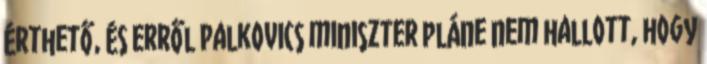
érthető, és erről Palkovics miniszter pláne nem hallott, hogy